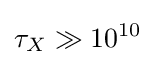
\tau _{X}\gg 10^{10}